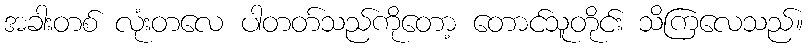
အခါးတစ် လုံးတလေ ပါတတ်သည်ကိုတော့ တောင်သူတိုင်း သိကြလေသည်။